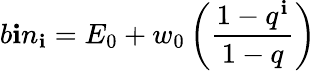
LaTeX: b\mathbf{i}n_{\mathbf{i}}=E_{0}+w_{0}\left(\frac{{1-q^{\mathbf{i}}}}{{1-q}}\right)